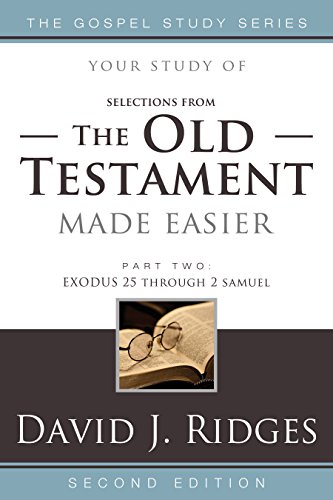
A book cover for (Selections from) The Old Testament Made Easier, Second Edition (Part 2) (Gospel Study); David J. Ridges; Christian Books & Bibles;